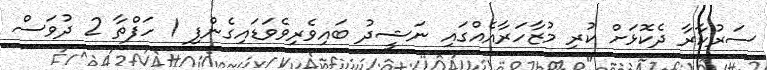
ސަރުކާރާ ދެކޮޅަށް ކުރި މުޒާހަރާއެއްގައި ނަޝީދު ބައިވެރިވެވަޑައިގެންފި 1 ހަފްތާ 2 ދުވަސް